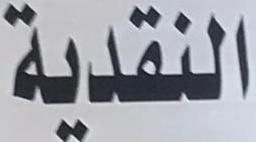
النقدية